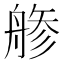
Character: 𦩔